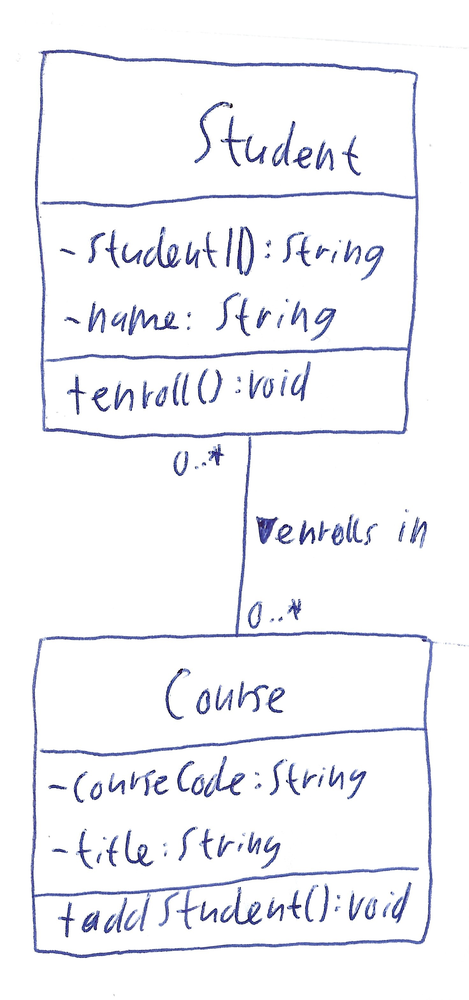
Diagram type: class_diagram
```plantuml
@startuml

class Student {
  - studentID: String
  - name: String
  + enroll(): void
}

class Course {
  - courseCode: String
  - title: String
  + addStudent(): void
}

Student "0..*" -- "0..*" Course : enrolls in >

@enduml
```